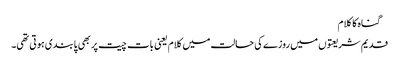
 گناہ کا کلام
قدیم شریعتوں میں روزے کی حالت میں کلام یعنی بات چیت پر بھی پابندی ہوتی تھی۔